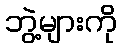
ဘွဲ့များကို